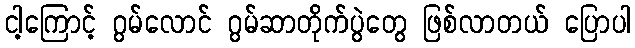
ငါ့ကြောင့် ဂွမ်လောင် ဂွမ်ဆာတိုက်ပွဲတွေ ဖြစ်လာတယ် ပြောပါ